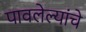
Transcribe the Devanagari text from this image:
पावलेल्यांचे